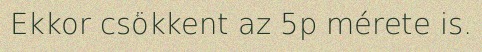
Ekkor csökkent az 5p mérete is.